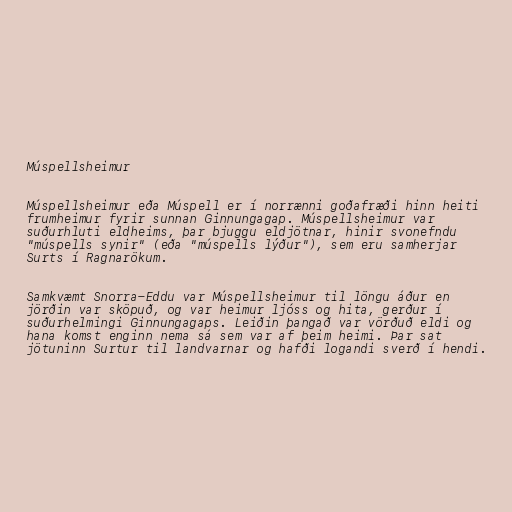
Múspellsheimur

Múspellsheimur eða Múspell er í norrænni goðafræði hinn heiti
frumheimur fyrir sunnan Ginnungagap. Múspellsheimur var
suðurhluti eldheims, þar bjuggu eldjötnar, hinir svonefndu
"múspells synir" (eða "múspells lýður"), sem eru samherjar
Surts í Ragnarökum.

Samkvæmt Snorra-Eddu var Múspellsheimur til löngu áður en
jörðin var sköpuð, og var heimur ljóss og hita, gerður í
suðurhelmingi Ginnungagaps. Leiðin þangað var vörðuð eldi og
hana komst enginn nema sá sem var af þeim heimi. Þar sat
jötuninn Surtur til landvarnar og hafði logandi sverð í hendi.